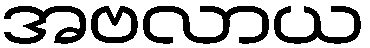
အဗလာယ